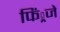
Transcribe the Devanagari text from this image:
फिं्रजें